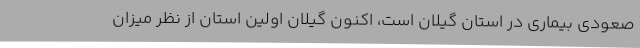
صعودی بیماری در استان گیلان است، اکنون گیلان اولین استان از نظر میزان